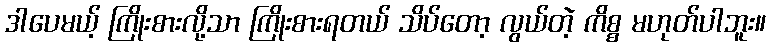
ဒါပေမယ့် ကြိုးစားလို့သာ ကြိုးစားရတယ် သိပ်တော့ လွယ်တဲ့ ကိစ္စ မဟုတ်ပါဘူး။